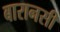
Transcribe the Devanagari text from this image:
बारानसी